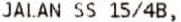
JALAN SS 15/4B,